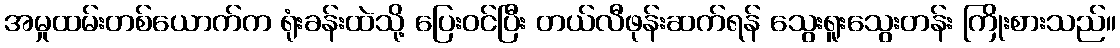
အမှုထမ်းတစ်ယောက်က ရုံးခန်းထဲသို့ ပြေးဝင်ပြီး တယ်လီဖုန်းဆက်ရန် သွေးရူးသွေးတန်း ကြိုးစားသည်။